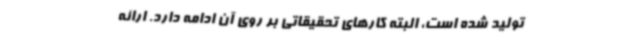
تولید شده است، البته کارهای تحقیقاتی بر روی آن ادامه دارد. ارائه